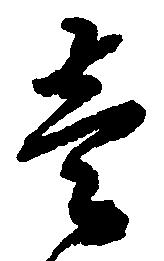
壱